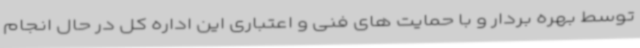
توسط بهره بردار و با حمایت های فنی و اعتباری این اداره کل در حال انجام